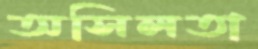
অসিলতা